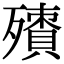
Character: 𣩬